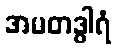
အမတဒွါရံ